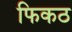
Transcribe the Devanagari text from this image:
फिकठ